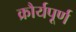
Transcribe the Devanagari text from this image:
क्रौर्यपूर्ण